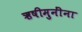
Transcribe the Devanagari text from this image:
ऋषीमुनींना